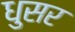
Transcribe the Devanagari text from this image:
धुसर